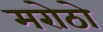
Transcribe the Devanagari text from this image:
मरोठो